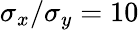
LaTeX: \sigma_{x}/\sigma_{y}=10